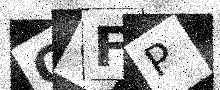
Text: Q0FP